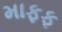
માફફ